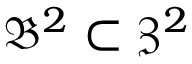
\mathfrak { B } ^ { 2 } \subset \mathfrak { Z } ^ { 2 }